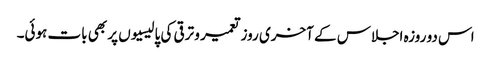
اس دو روزہ اجلاس کے آخری روز تعمیر و ترقی کی پالیسیوں پر بھی بات ہوئی۔